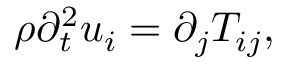
\rho \partial _ { t } ^ { 2 } u _ { i } = \partial _ { j } T _ { i j } ,